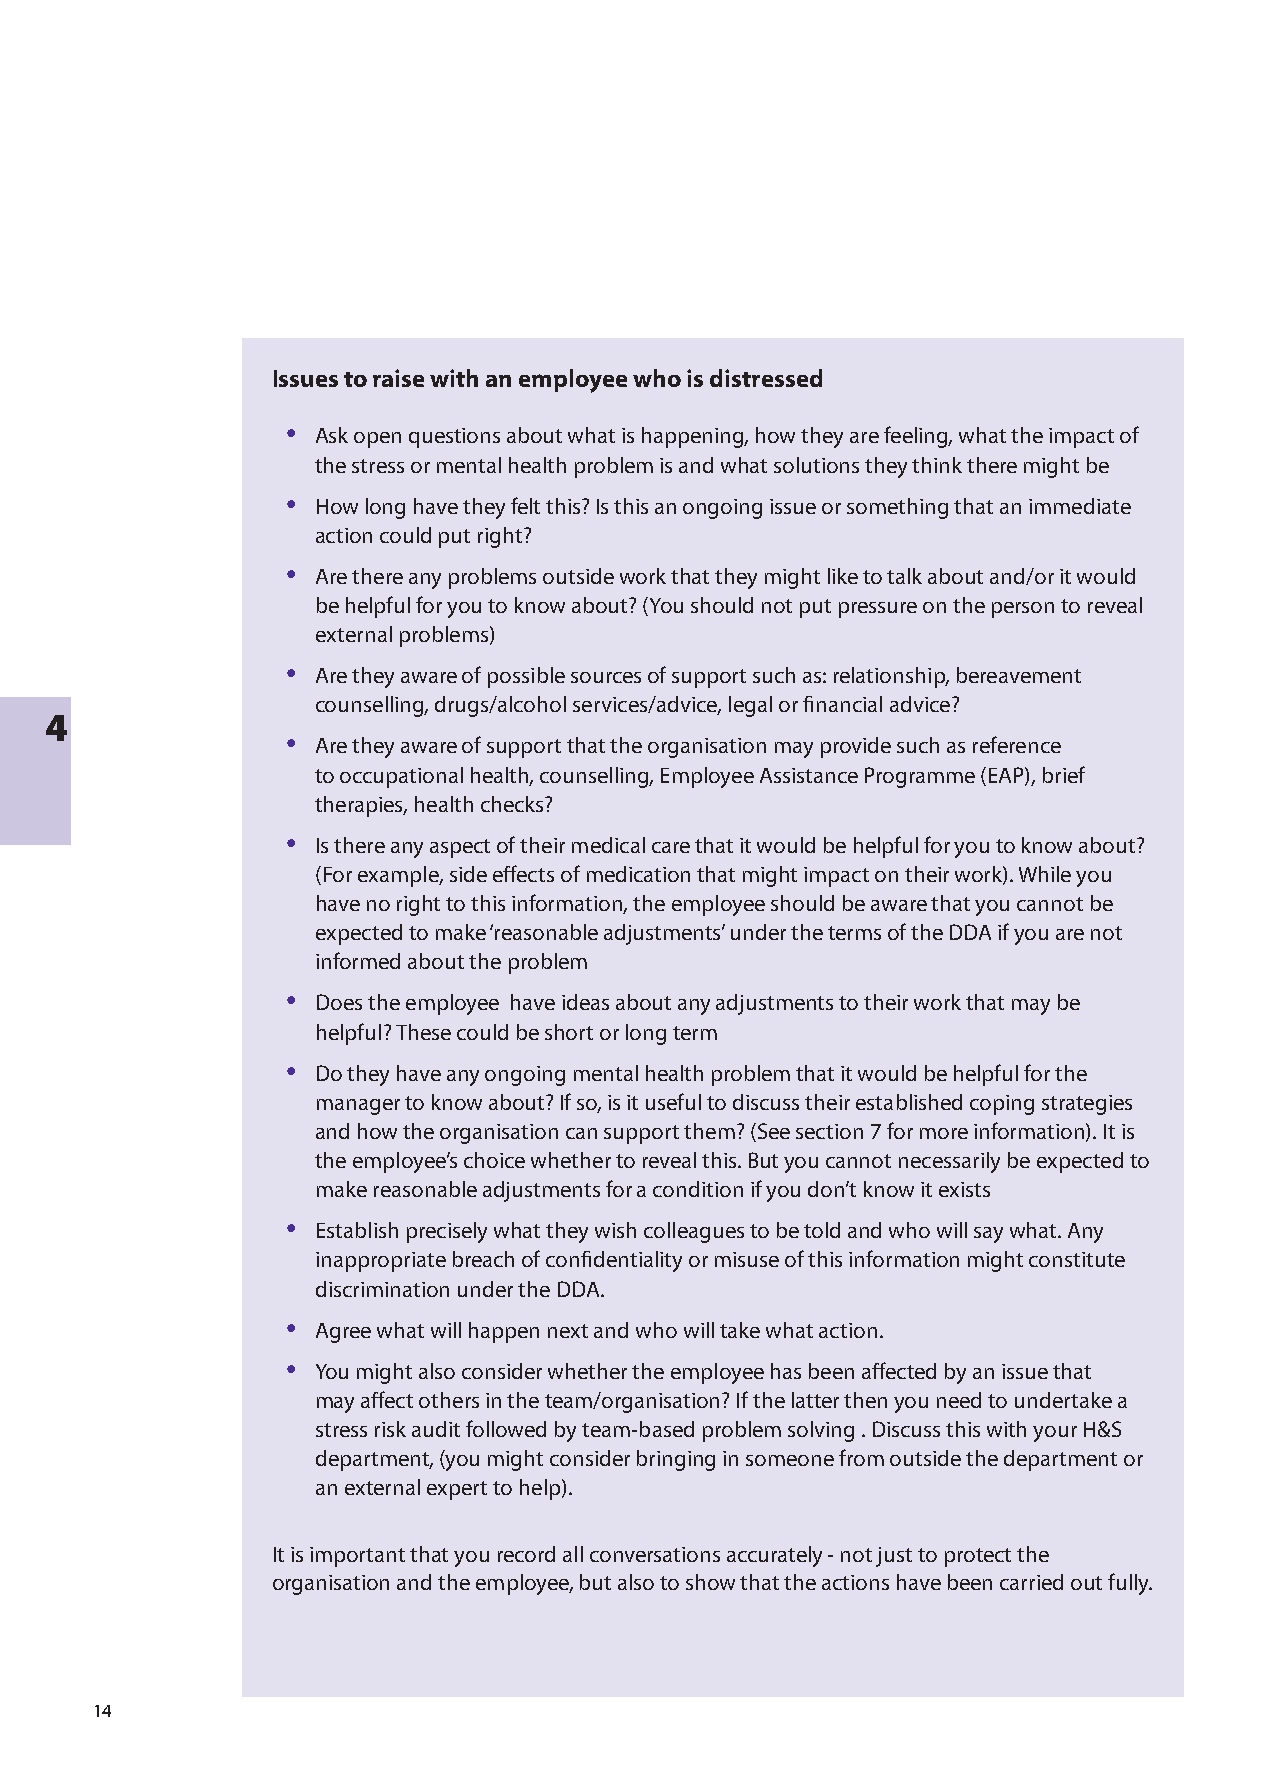
Issues to raise with an employee who is distressed
 •
 Ask open questions about what is happening, how they are feeling, what the impact of
 the stress or mental health problem is and what solutions they think there might be
 •
 How long have they felt this? Is this an ongoing issue or something that an immediate
 action could put right?
 •
 Are there any problems outside work that they might like to talk about and/or it would
 be helpful for you to know about? (You should not put pressure on the person to reveal
 external problems)
 •
 Are they aware of possible sources of support such as: relationship, bereavement
 counselling, drugs/alcohol services/advice, legal or financial advice?
 4
 •
 Are they aware of support that the organisation may provide such as reference
 to occupational health, counselling, Employee Assistance Programme (EAP), brief
 therapies, health checks?
 •
 Is there any aspect of their medical care that it would be helpful for you to know about?
 (For example, side effects of medication that might impact on their work). While you
 have no right to this information, the employee should be aware that you cannot be
 expected to make ‘reasonable adjustments’ under the terms of the DDA if you are not
 informed about the problem
 •
 Does the employee have ideas about any adjustments to their work that may be
 helpful? These could be short or long term
 •
 Do they have any ongoing mental health problem that it would be helpful for the
 manager to know about? If so, is it useful to discuss their established coping strategies
 and how the organisation can support them? (See section  for more information). It is
 the employee’s choice whether to reveal this. But you cannot necessarily be expected to
 make reasonable adjustments for a condition if you don’t know it exists
 •
 Establish precisely what they wish colleagues to be told and who will say what. Any
 inappropriate breach of confidentiality or misuse of this information might constitute
 discrimination under the DDA.
 •
 Agree what will happen next and who will take what action.
 •
 You might also consider whether the employee has been affected by an issue that
 may affect others in the team/organisation? If the latter then you need to undertake a
 stress risk audit followed by team-based problem solving . Discuss this with your H&S
 department, (you might consider bringing in someone from outside the department or
 an external expert to help).
 It is important that you record all conversations accurately - not just to protect the
 organisation and the employee, but also to show that the actions have been carried out fully.
 4